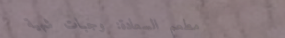
مطعم السعادة: وجبات شهية